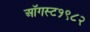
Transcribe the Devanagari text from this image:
ऑगस्ट१९८२